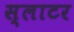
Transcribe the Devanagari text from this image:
स्लाटर